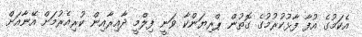
އެކަމުގެ އުފާ ފާޅުކުރުމުގެ ގޮތުން ޕްރިޔަންކާ ވަނީ ފިލްމީ ދާއިރާއިން ކުރިއެރުމަށް އޭނާއަށް